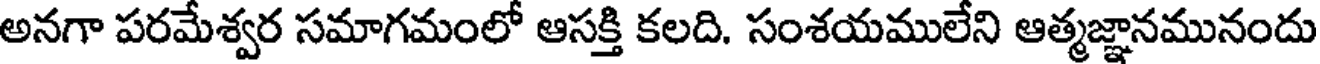
అనగా పరమేశ్వర సమాగమంలో ఆసక్తి కలది. సంశయములేని ఆత్మజ్ఞానమునందు